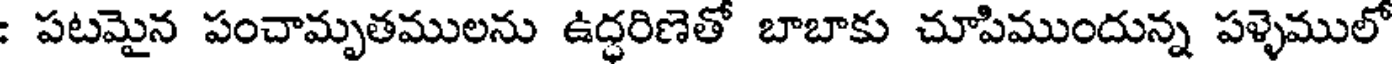
: పటమైన పంచామృతములను ఉద్ధరిణెతో బాబాకు చూపిముందున్న పళ్ళెములో